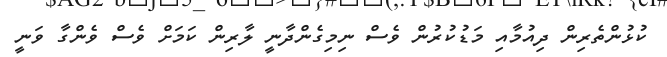
ކުޅުންތެރިން ދިއުމާއި މަޑުކުރުން ވެސް ނިމިގެންދާނީ ލާރިން ކަމަށް ވެސް ވެންގާ ވަނީ